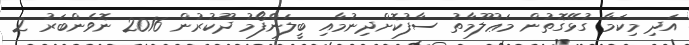
އަދި މިކަމާ ގުޅޭގޮތުން މަޢުލޫމާތު ސާފުކޮށްދިނުމާއި ބީލަންފޯމު ދޫކުރުން 2016 ނޮވެންބަރު 2